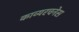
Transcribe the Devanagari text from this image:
काव्यरचनेस